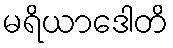
မရိယာဒေါတိ